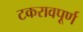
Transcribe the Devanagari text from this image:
टकरावपूर्ण